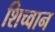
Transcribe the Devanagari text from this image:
शिच्वान